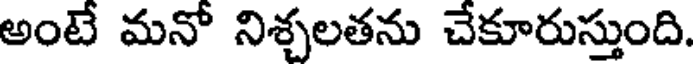
అంటే మనో నిశ్చలతను చేకూరుస్తుంది.